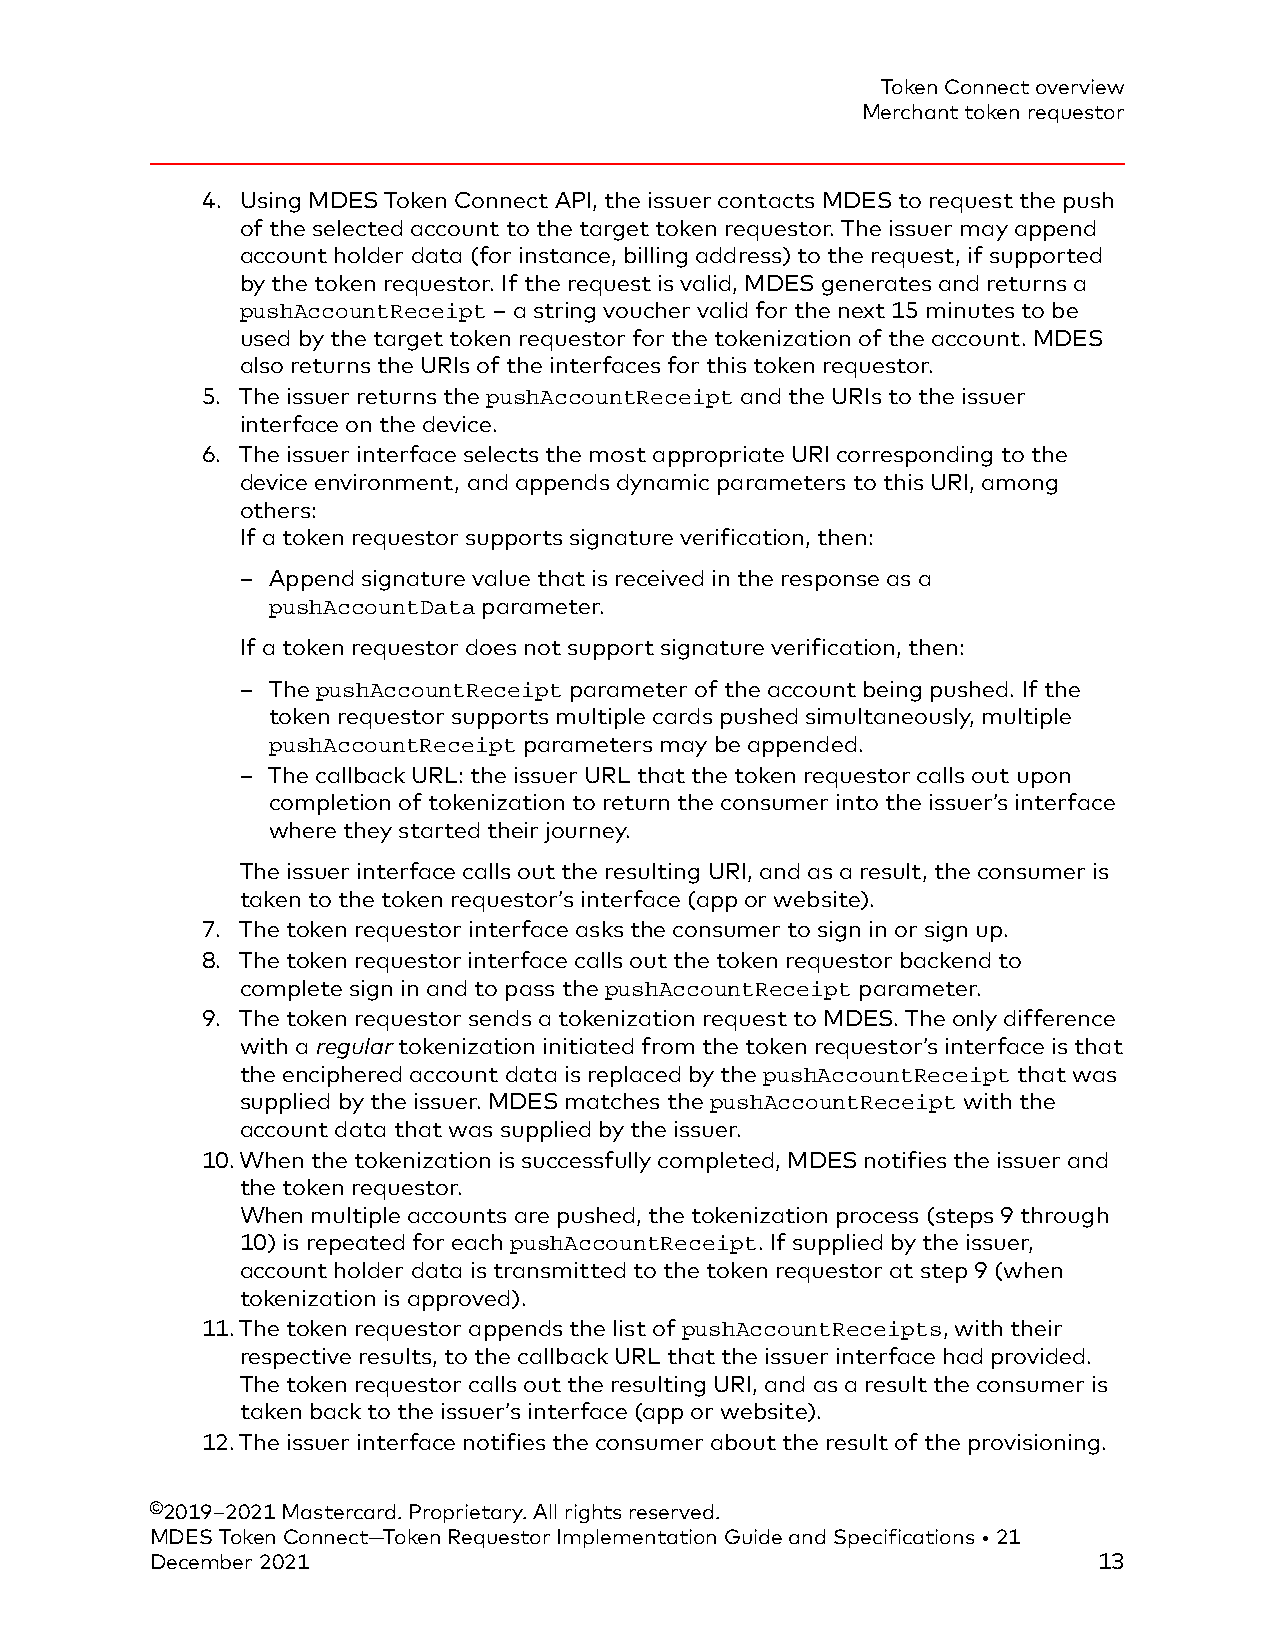
Token Connect overview
 Merchant token requestor
 4. Using MDES Token Connect API, the issuer contacts MDES to request the push
 of the selected account to the target token requestor. The issuer may append
 account holder data (for instance, billing address) to the request, if supported
 by the token requestor. If the request is valid, MDES generates and returns a
 pushAccountReceipt – a string voucher valid for the next 15 minutes to be
 used by the target token requestor for the tokenization of the account. MDES
 also returns the URIs of the interfaces for this token requestor.
 5. The issuer returns the pushAccountReceipt and the URIs to the issuer
 interface on the device.
 6. The issuer interface selects the most appropriate URI corresponding to the
 device environment, and appends dynamic parameters to this URI, among
 others:
 If a token requestor supports signature verification, then:
 – Append signature value that is received in the response as a
 pushAccountData parameter.
 If a token requestor does not support signature verification, then:
 – The pushAccountReceipt parameter of the account being pushed. If the
 token requestor supports multiple cards pushed simultaneously, multiple
 pushAccountReceipt parameters may be appended.
 – The callback URL: the issuer URL that the token requestor calls out upon
 completion of tokenization to return the consumer into the issuer’s interface
 where they started their journey.
 The issuer interface calls out the resulting URI, and as a result, the consumer is
 taken to the token requestor’s interface (app or website).
 7. The token requestor interface asks the consumer to sign in or sign up.
 8. The token requestor interface calls out the token requestor backend to
 complete sign in and to pass the pushAccountReceipt parameter.
 9. The token requestor sends a tokenization request to MDES. The only difference
 with a regular tokenization initiated from the token requestor’s interface is that
 the enciphered account data is replaced by the pushAccountReceipt that was
 supplied by the issuer. MDES matches the pushAccountReceipt with the
 account data that was supplied by the issuer.
 10.When the tokenization is successfully completed, MDES notifies the issuer and
 the token requestor.
 When multiple accounts are pushed, the tokenization process (steps 9 through
 10) is repeated for each pushAccountReceipt. If supplied by the issuer,
 account holder data is transmitted to the token requestor at step 9 (when
 tokenization is approved).
 11.The token requestor appends the list of pushAccountReceipts, with their
 respective results, to the callback URL that the issuer interface had provided.
 The token requestor calls out the resulting URI, and as a result the consumer is
 taken back to the issuer’s interface (app or website).
 12.The issuer interface notifies the consumer about the result of the provisioning.
 ©2019–2021 Mastercard. Proprietary. All rights reserved.
 MDES Token Connect—Token Requestor Implementation Guide and Specifications • 21
 December 2021                                                  13